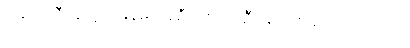
ဝါခင်းကြီး ရှေ့သို့မြန်မာအစီအစဉ်မှ ဦးမြင့်ဇော်မှ ပို၍ရှည်လာ